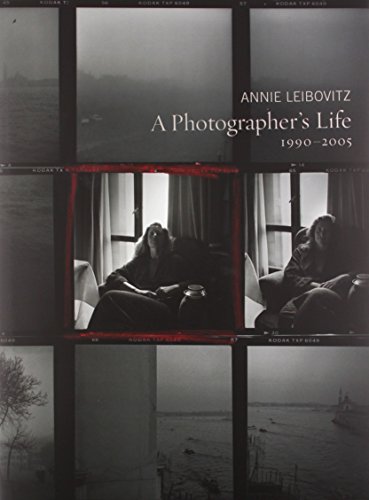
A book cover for A Photographer's Life: 1990-2005; Arts & Photography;